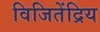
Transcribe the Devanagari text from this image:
विजितेंद्रिय